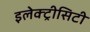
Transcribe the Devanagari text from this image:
इलेक्ट्रीसिटी